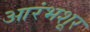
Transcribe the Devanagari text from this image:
आरंभशूर